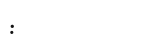
: